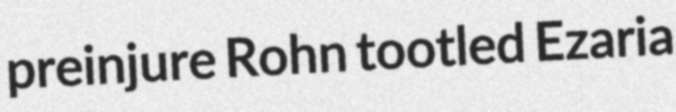
preinjure Rohn tootled Ezaria